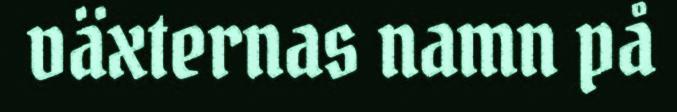
växternas namn på